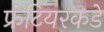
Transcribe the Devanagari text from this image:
फ्रंटियरकडे